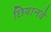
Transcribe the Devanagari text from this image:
छियानवे